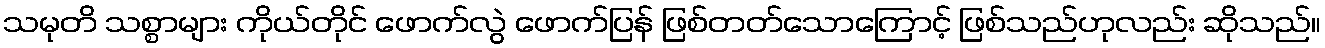
သမုတိ သစ္စာများ ကိုယ်တိုင် ဖောက်လွဲ ဖောက်ပြန် ဖြစ်တတ်သောကြောင့် ဖြစ်သည်ဟုလည်း ဆိုသည်။